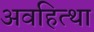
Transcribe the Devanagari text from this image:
अवहित्था